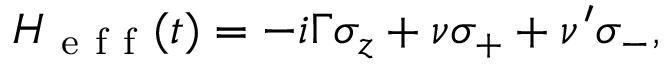
\begin{array} { r } { H _ { \mathrm { ~ e ~ f ~ f ~ } } ( t ) = - i \Gamma \sigma _ { z } + \nu \sigma _ { + } + \nu ^ { \prime } \sigma _ { - } , } \end{array}